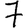
Digit: 7